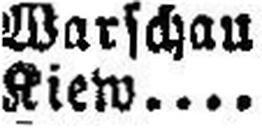
Kiew